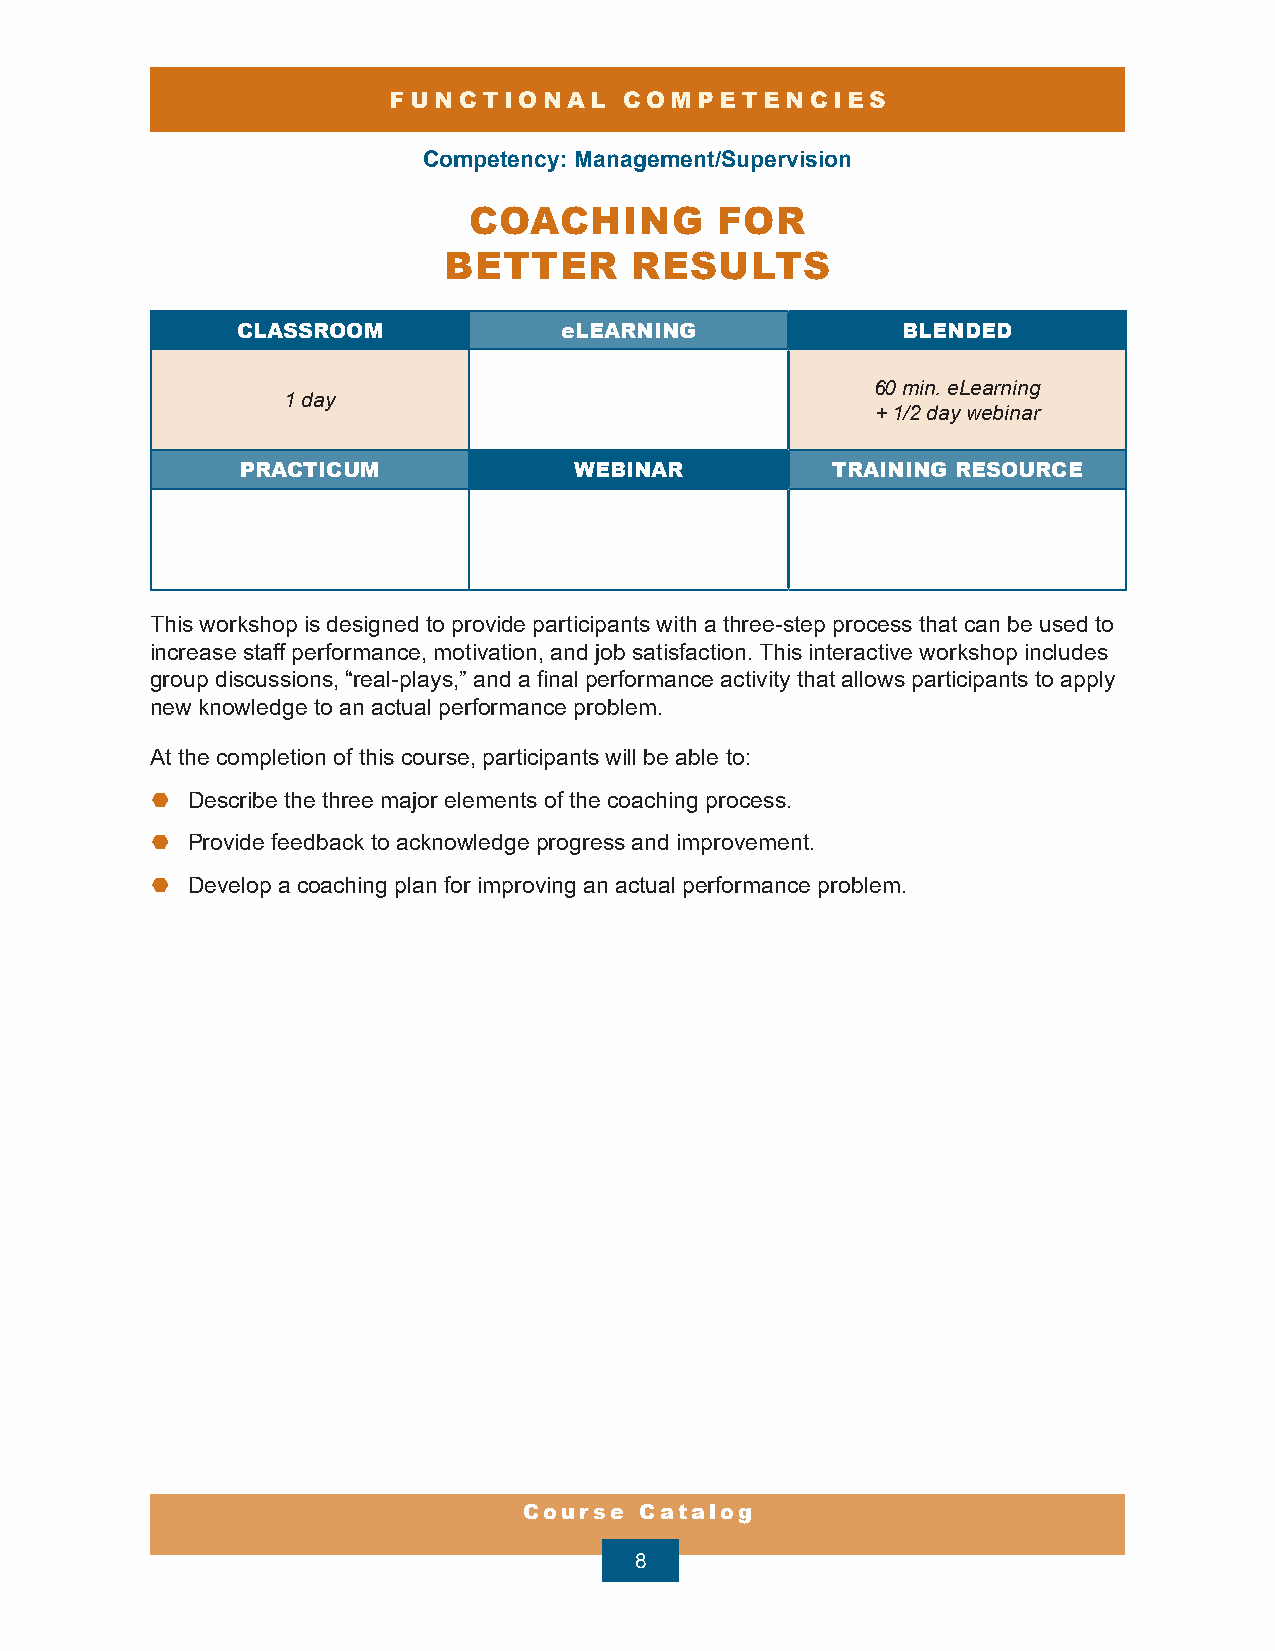
FUNCTIONAL     COMPETENCIES
 Competency: Management/Supervision
 COACHING         FOR
 BETTER       RESULTS
 CLASSROOM            eLEARNING              BLENDED
 60 min. eLearning
 1 day
 + 1/2 day webinar
 PRACTICUM             WEBINAR          TRAINING RESOURCE
 This workshop is designed to provide participants with a three-step process that can be used to
 increase staff performance, motivation, and job satisfaction. This interactive workshop includes
 group discussions, “real-plays,” and a final performance activity that allows participants to apply
 new knowledge to an actual performance problem.
 At the completion of this course, participants will be able to:
 ¤ Describe the three major elements of the coaching process.
 ¤ Provide feedback to acknowledge progress and improvement.
 ¤ Develop a coaching plan for improving an actual performance problem.
 Course Catalog
 8